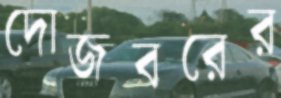
দোজবরের